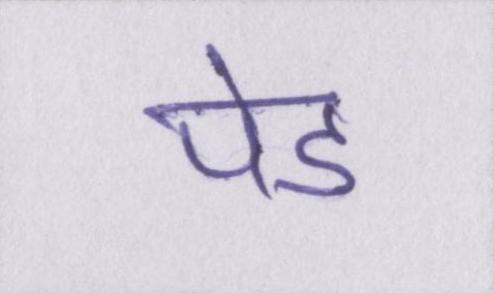
पेड